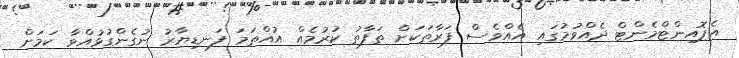
އެޕޮއިންޓްމެންޓް ދެއްވުމުގައި އެއްވެސް ފަރާތަކަށް ތަފާތު ކުރުމެއް އުއްތަމަ ފަނޑިޔާރު ނުގެންގުޅުއްވާ ކަމަށް